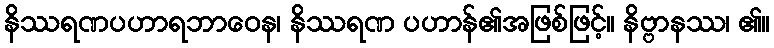
နိဿရဏပဟာရဘာဝေန၊ နိဿရဏ ပဟာန်၏အဖြစ်ဖြင့်။ နိဗ္ဗာနဿ၊ ၏။